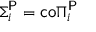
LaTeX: \Sigma _ { i } ^ { \mathsf { P } } = { \mathsf { c o } } \Pi _ { i } ^ { \mathsf { P } }